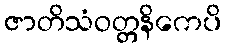
ဇာတိသံဝတ္တနိကေပိ